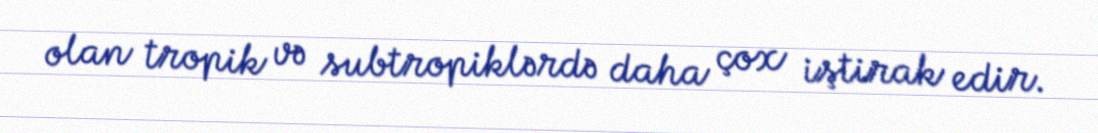
olan tropik və subtropiklərdə daha çox iştirak edir.